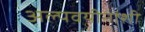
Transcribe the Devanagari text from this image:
अल्पवयीनांशी